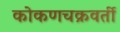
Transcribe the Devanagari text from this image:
कोकणचक्रवर्ती